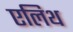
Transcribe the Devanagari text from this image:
एलिथ